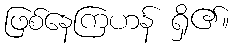
ဖြစ်နေကြဟန် ရှိ၏။